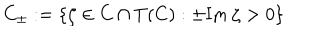
C _ { \pm } : = \{ \zeta \in C \cap T ( C ) : \pm \mathrm { I m } \: \zeta > 0 \}